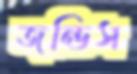
জন্ডিস